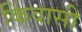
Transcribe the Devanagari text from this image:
किंवासी